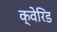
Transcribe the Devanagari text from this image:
क्वेरिड